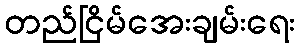
တည်ငြိမ်အေးချမ်းရေး